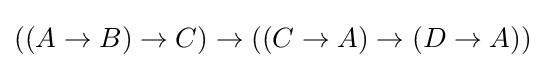
((A\to B)\to C)\to ((C\to A)\to (D\to A))